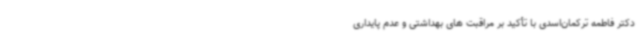
دکتر فاطمه ترکمان‌اسدی با تأکید بر مراقبت های بهداشتی و عدم پایداری